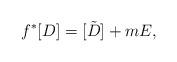
LaTeX: \begin{align*}f^*[D]=[\tilde{D}]+mE,\end{align*}